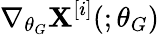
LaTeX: \nabla_{\theta_{G}}\mathbf{X}^{[i]}(;\theta_{G})